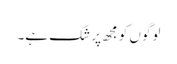
لوگوں کو مجھ پر شک ہے۔